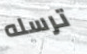
ترسله